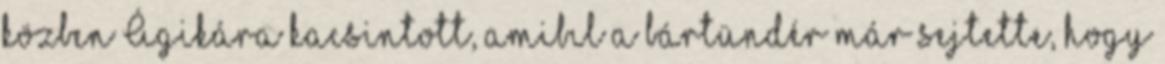
közben Ágikára kacsintott, amibıl a bártündér már sejtette, hogy